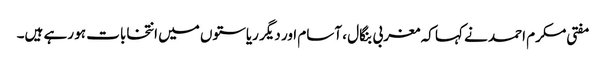
مفتی مکرم احمد نے کہا کہ مغربی بنگال ، آسام اور دیگر ریاستوں میں انتخابات ہو رہے ہیں۔